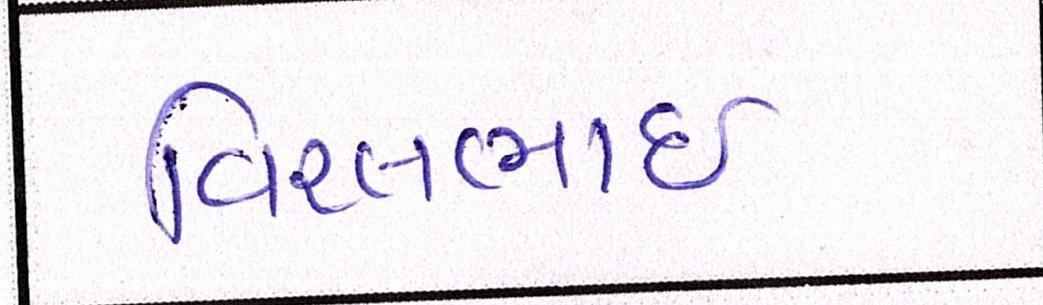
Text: વિરલભાઇ